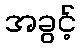
အခွင့်